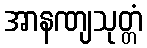
အာနဏျသုတ္တံ